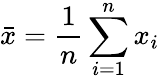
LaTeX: {\bar{x}}={\frac{1}{n}}\sum_{i=1}^{n}x_{i}